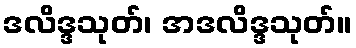
ဒလိဒ္ဒသုတ်၊ အဒလိဒ္ဒသုတ်။